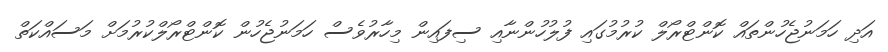
އަދި ހަމަނުޖެހުންތައް ކޮންޓްރޯލް ކުރުމުގައި ފުލުހުންނާއި ސިފައިން މިހާރުވެސް ހަމަނުޖެހުން ކޮންޓްރޯލްކުރުމަށް މަސައްކަތް